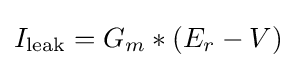
I_{\text{leak}}=G_{m}*(E_{r}-V)